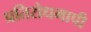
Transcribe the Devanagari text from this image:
प्रतिरोधमापी